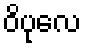
ဝိပုလေ